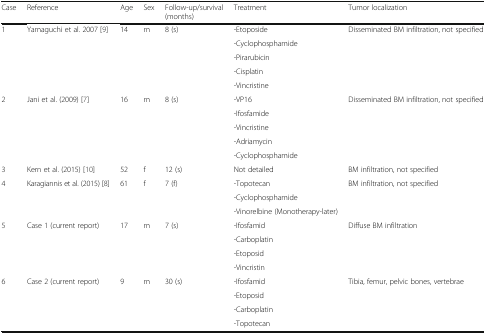
<table><thead><tr><td><b>Case</b></td><td><b>Reference</b></td><td><b>Age</b></td><td><b>Sex</b></td><td><b>Follow-up/survival (months)</b></td><td><b>Treatment</b></td><td><b>Tumor localization</b></td></tr></thead><tbody><tr><td rowspan="5">1</td><td rowspan="5">Yamaguchi et al. 2007 [9]</td><td rowspan="5">14</td><td rowspan="5">m</td><td rowspan="5">8 (s)</td><td>-Etoposide</td><td rowspan="5">Disseminated BM infiltration, not specified</td></tr><tr><td>-Cyclophosphamide</td></tr><tr><td>-Pirarubicin</td></tr><tr><td>-Cisplatin</td></tr><tr><td>-Vincristine</td></tr><tr><td rowspan="5">2</td><td rowspan="5">Jani et al. (2009) [7]</td><td rowspan="5">16</td><td rowspan="5">m</td><td rowspan="5">8 (s)</td><td>-VP16</td><td rowspan="5">Disseminated BM infiltration, not specified</td></tr><tr><td>-Ifosfamide</td></tr><tr><td>-Vincristine</td></tr><tr><td>-Adriamycin</td></tr><tr><td>-Cyclophosphamide</td></tr><tr><td>3</td><td>Kern et al. (2015) [10]</td><td>52</td><td>f</td><td>12 (s)</td><td>Not detailed</td><td>BM infiltration, not specified</td></tr><tr><td rowspan="3">4</td><td rowspan="3">Karagiannis et al. (2015) [8]</td><td rowspan="3">61</td><td rowspan="3">f</td><td rowspan="3">7 (f)</td><td>-Topotecan</td><td rowspan="3">BM infiltration, not specified</td></tr><tr><td>-Cyclophosphamide</td></tr><tr><td>-Vinorelbine (Monotherapy-later)</td></tr><tr><td rowspan="4">5</td><td rowspan="4">Case 1 (current report)</td><td rowspan="4">17</td><td rowspan="4">m</td><td rowspan="4">7 (s)</td><td>-Ifosfamid</td><td rowspan="4">Diffuse BM infiltration</td></tr><tr><td>-Carboplatin</td></tr><tr><td>-Etoposid</td></tr><tr><td>-Vincristin</td></tr><tr><td rowspan="4">6</td><td rowspan="4">Case 2 (current report)</td><td rowspan="4">9</td><td rowspan="4">m</td><td rowspan="4">30 (s)</td><td>-Ifosfamid</td><td rowspan="4">Tibia, femur, pelvic bones, vertebrae</td></tr><tr><td>-Etoposid</td></tr><tr><td>-Carboplatin</td></tr><tr><td>-Topotecan</td></tr></tbody></table>